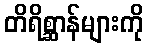
တိရိစ္ဆာန်များကို